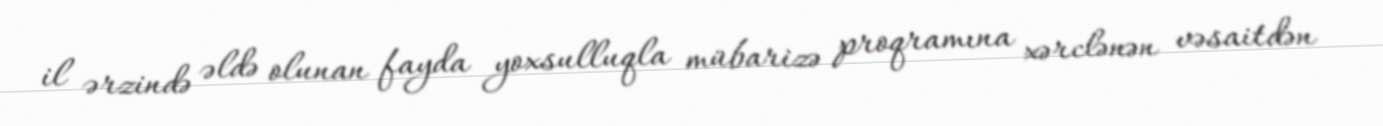
il ərzində əldə olunan fayda yoxsulluqla mübarizə proqramına xərclənən vəsaitdən